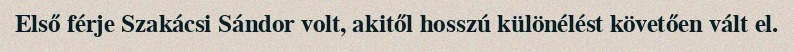
Első férje Szakácsi Sándor volt, akitől hosszú különélést követően vált el.